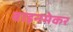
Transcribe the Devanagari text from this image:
वाइनमेकर